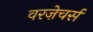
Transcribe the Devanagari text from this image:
वरज़ेचर्स